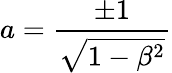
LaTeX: a=\frac{\pm 1}{\sqrt{1-\beta^{2}}}